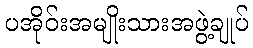
ပအိုဝ်းအမျိုးသားအဖွဲ့ချုပ်